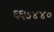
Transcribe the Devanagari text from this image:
६६७४४०